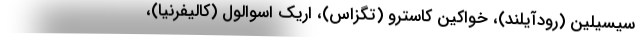
سیسیلین (رودآیلند)، خواکین کاسترو (تگزاس)، اریک اسوالول (کالیفرنیا)،